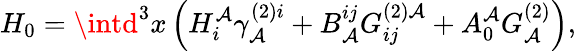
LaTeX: H_{0}=\intd^{3}x\left(H_{i}^{\mathcal{A}}\gamma_{\mathcal{A}}^{(2)i}+B_{\mathcal{A}}^{ij}G_{ij}^{(2)\mathcal{A}}+A_{0}^{\mathcal{A}}G_{\mathcal{A}}^{(2)}\right),